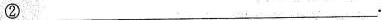
②___.